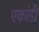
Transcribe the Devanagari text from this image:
एकांडी